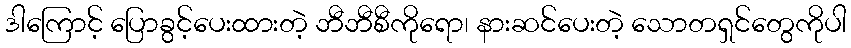
ဒါကြောင့် ပြောခွင့်ပေးထားတဲ့ ဘီဘီစီကိုရော၊ နားဆင်ပေးတဲ့ သောတရှင်တွေကိုပါ